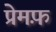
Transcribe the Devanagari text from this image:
प्रेमफ़